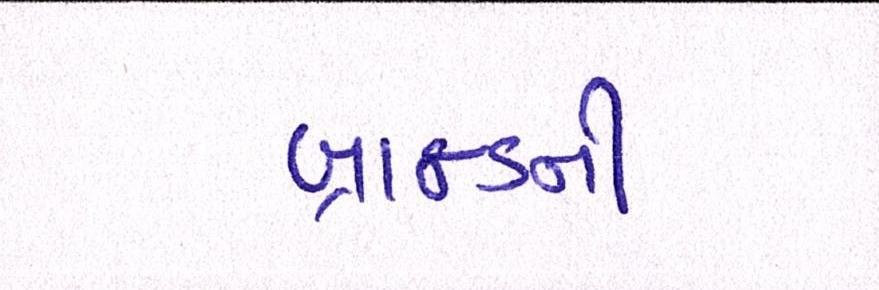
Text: બ્રાન્ડની